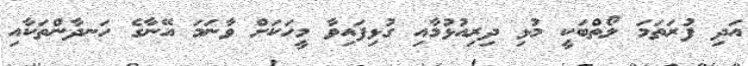
އަދި ފުރަތަމަ ލޯތްބަކީ މުޅި ދިރިއުޅުމާއި ގުޅިފައިވާ މީހަކަށް ވާނަމަ އޭނާގެ ހަނދާންތަކާއި